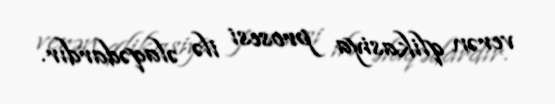
verən qlikasiya prosesi ilə əlaqədardır.